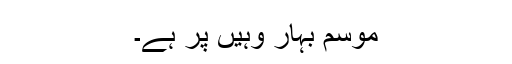
موسم بہار وہیں پر ہے۔